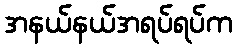
အနယ်နယ်အရပ်ရပ်က